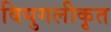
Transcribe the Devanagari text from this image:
वियुगलीकृत